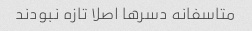
متاسفانه دسرها اصلا تازه نبودند